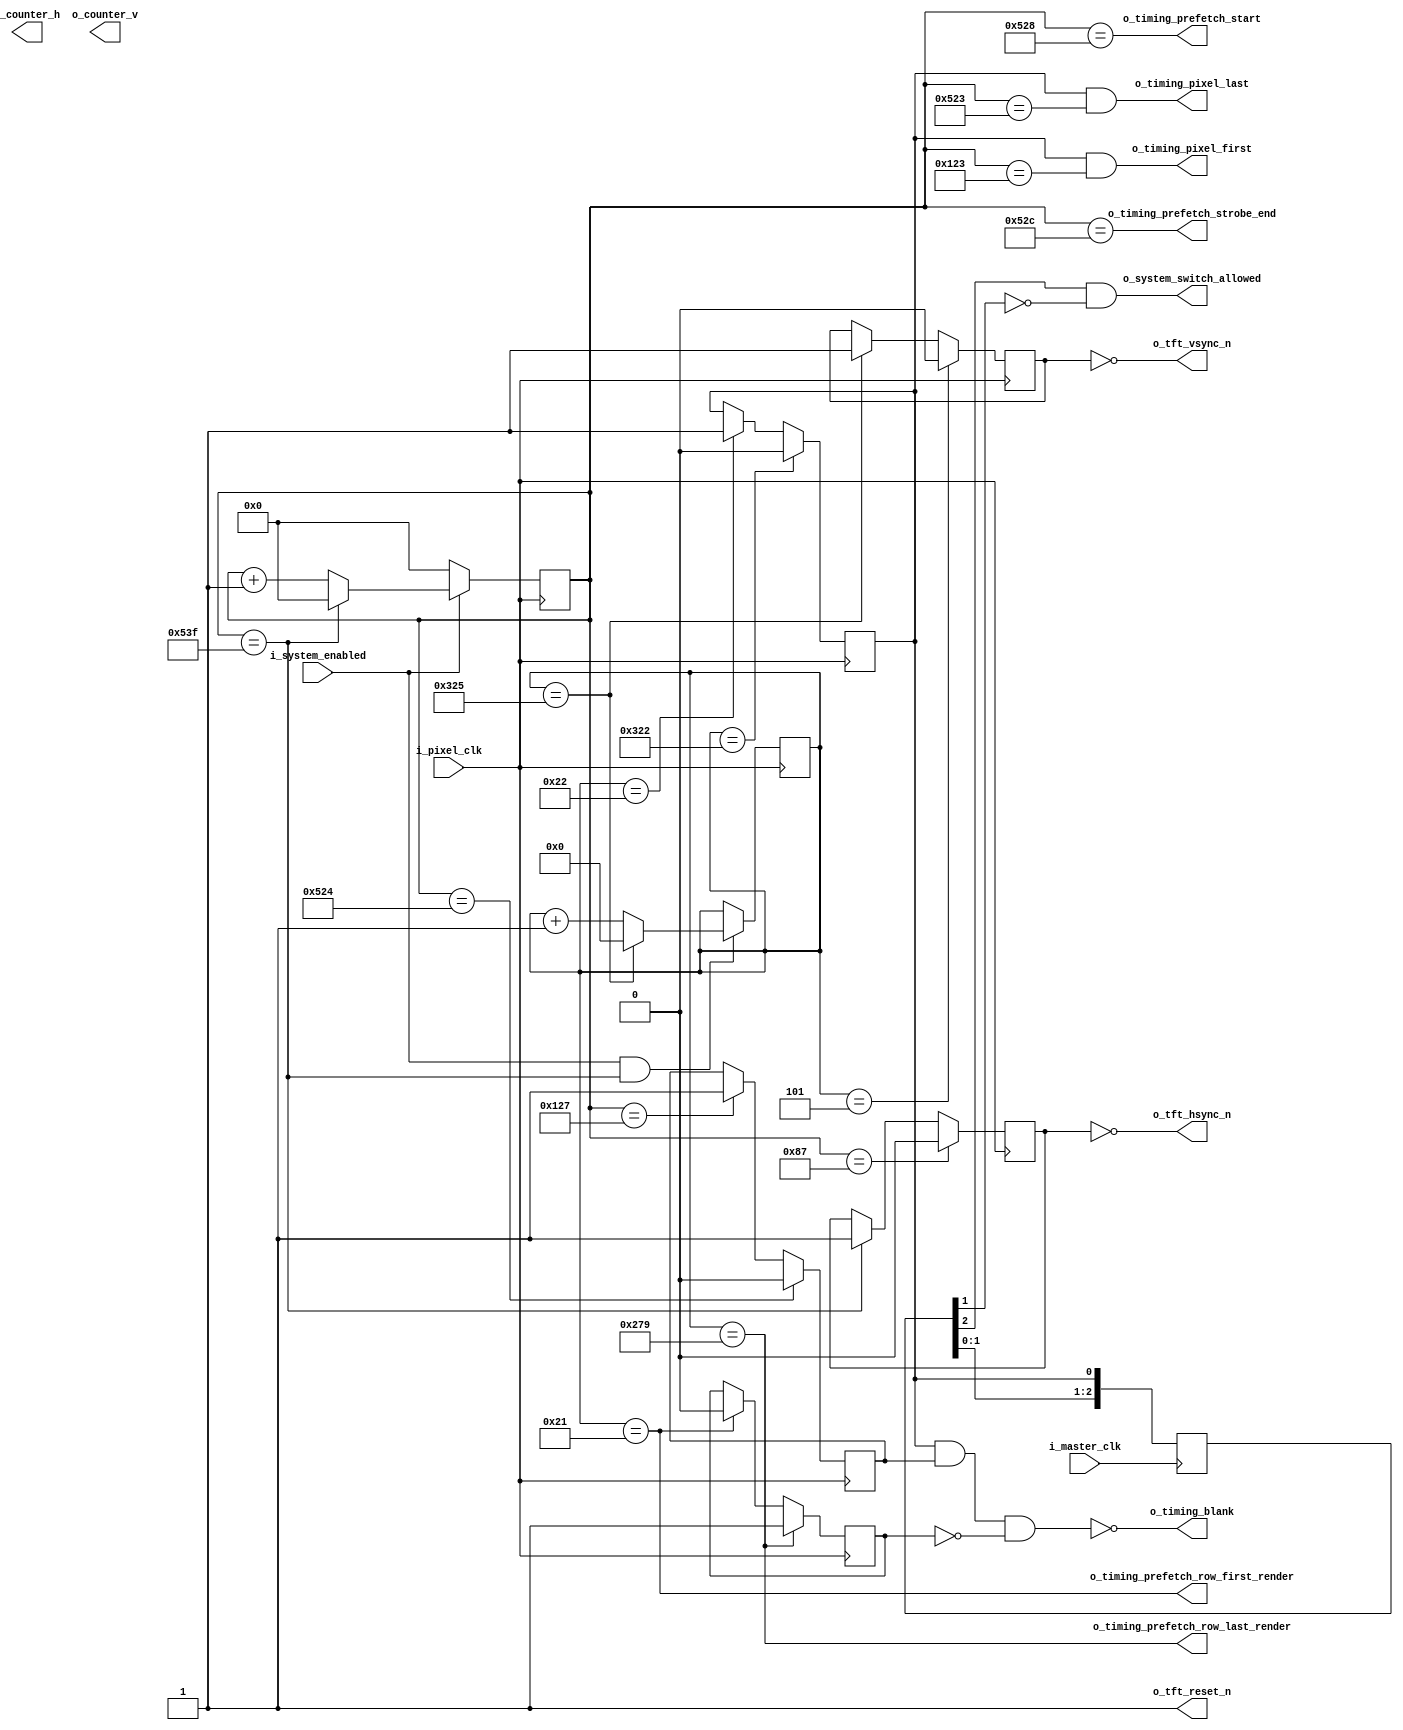
module VideoTimingController (
        // clock
        i_pixel_clk,
        i_master_clk,

        // VIDEO signals
        o_tft_hsync_n,
        o_tft_vsync_n,
//        o_tft_blank,
        o_tft_reset_n,

        // SYSTEM CONTROLLER interface
        i_system_enabled,
        o_system_switch_allowed,

        // DEBUG
        o_counter_h,
        o_counter_v,

        // VIDEO ROW BUFFER
        o_timing_pixel_first,
        o_timing_pixel_last,
        o_timing_blank,
        o_timing_prefetch_start,
        o_timing_prefetch_strobe_end,
        o_timing_prefetch_row_first_render,
        o_timing_prefetch_row_last_render

    );

    input       i_pixel_clk;
    input       i_master_clk;

    output      o_tft_hsync_n;
    output      o_tft_vsync_n;
//    output      o_tft_blank;
    output      o_tft_reset_n;

    input       i_system_enabled;
    output      o_system_switch_allowed;

    output      o_timing_pixel_first;
    output      o_timing_pixel_last;
    output      o_timing_blank;
    output      o_timing_prefetch_start;
    output      o_timing_prefetch_strobe_end;
    output      o_timing_prefetch_row_first_render;
    output      o_timing_prefetch_row_last_render;

    output[10:0] o_counter_h;
    output[9:0] o_counter_v;

    // reset not used for VGA
    assign      o_tft_reset_n = 1'b1;

    // ***********************************************
    // **                                           **
    // **   HORIZONTAL TIMING                       **
    // **                                           **
    // ***********************************************

    // timing parameters
    localparam HSYNC_WIDTH          = 1024;
    localparam HSYNC_PULSE          = 136;
    localparam HSYNC_FRONT_PORCH    = 24;
    localparam HSYNC_BACK_PORCH     = 160;
    localparam HSYNC_LAST           = HSYNC_BACK_PORCH + HSYNC_FRONT_PORCH + HSYNC_PULSE + HSYNC_WIDTH - 1;
    localparam HSYNC_MSB            = $clog2(HSYNC_LAST) - 1;

    // counting register
    reg[HSYNC_MSB:0] r_horizontal_counter = 0;

    always @(posedge i_pixel_clk) begin
        if(i_system_enabled) begin
            if(r_horizontal_counter == HSYNC_LAST)
                r_horizontal_counter <= 0;
            else
                r_horizontal_counter <= r_horizontal_counter + 1;
        end else begin
            r_horizontal_counter <= 0;
        end
    end

    // timing signals
    reg r_hsync = 0;
    reg r_horizontal_video_on = 0;
    reg r_horizontal_front_porch = 0;

    always @(posedge i_pixel_clk) begin
        if(r_horizontal_counter == HSYNC_LAST)
            r_hsync <= 1;
        if(r_horizontal_counter == HSYNC_PULSE - 1)
            r_hsync <= 0;
    end

    always @(posedge i_pixel_clk) begin
        if(r_horizontal_counter == HSYNC_PULSE + HSYNC_BACK_PORCH - 1)
            r_horizontal_video_on <= 1;
        if(r_horizontal_counter == HSYNC_PULSE + HSYNC_BACK_PORCH + HSYNC_WIDTH - 4)
            r_horizontal_video_on <= 0;
    end

    always @(posedge i_pixel_clk) begin
        if(r_horizontal_counter == HSYNC_PULSE + HSYNC_BACK_PORCH + HSYNC_WIDTH - 1)
            r_horizontal_front_porch <= 1;
        if(r_horizontal_counter == HSYNC_LAST)
            r_horizontal_front_porch <= 0;
    end

    // export HSYNC (negative polarity)
    assign o_tft_hsync_n = !r_hsync;

    assign o_timing_pixel_first = r_vertical_video_on && (r_horizontal_counter == HSYNC_PULSE + HSYNC_BACK_PORCH - 5);
    // signal: cache last pixel
    assign o_timing_pixel_last = r_vertical_video_on && (r_horizontal_counter == HSYNC_PULSE + HSYNC_BACK_PORCH + HSYNC_WIDTH - 5);

    assign o_timing_prefetch_start = (r_horizontal_counter == HSYNC_PULSE + HSYNC_BACK_PORCH + HSYNC_WIDTH);
    assign o_timing_prefetch_strobe_end = (r_horizontal_counter == HSYNC_PULSE + HSYNC_BACK_PORCH + HSYNC_WIDTH + 4);

    // ***********************************************
    // **                                           **
    // **   VERTICAL TIMING                         **
    // **                                           **
    // ***********************************************

    // timing parameters
    localparam VSYNC_HEIGHT         = 768;
    localparam VSYNC_PULSE          = 6;
    localparam VSYNC_FRONT_PORCH    = 3;
    localparam VSYNC_BACK_PORCH     = 29;
    localparam VSYNC_LAST           = VSYNC_PULSE + VSYNC_BACK_PORCH + VSYNC_FRONT_PORCH + VSYNC_HEIGHT - 1;
    localparam VSYNC_MSB            = $clog2(VSYNC_LAST) - 1;    

    // counting register
    reg[VSYNC_MSB:0] r_vertical_counter = 0;

    always @(posedge i_pixel_clk)
        if(i_system_enabled && r_horizontal_counter == HSYNC_LAST) begin
            if(r_vertical_counter == VSYNC_LAST)
                r_vertical_counter <= 0;
            else
                r_vertical_counter <= r_vertical_counter + 1;
        end

    // timing signals
    reg r_vsync = 0;
    reg r_vertical_video_on = 0;

    always @(posedge i_pixel_clk) begin
        if(r_vertical_counter == VSYNC_LAST)
            r_vsync <= 1;
        if(r_vertical_counter == VSYNC_PULSE - 1)
            r_vsync <= 0;
    end

    always @(posedge i_pixel_clk) begin
        if(r_vertical_counter == VSYNC_PULSE + VSYNC_BACK_PORCH - 1)
            r_vertical_video_on <= 1;
        if(r_vertical_counter == VSYNC_PULSE + VSYNC_BACK_PORCH + VSYNC_HEIGHT - 1)
            r_vertical_video_on <= 0;
    end

    // export VSYNC (negative polarity)
    assign o_tft_vsync_n = !r_vsync;

    // transfer falling edge of r_vertical_video_on into single clock pulse in master clock domain
    reg[2:0]    xd_switch_allowed = 3'b0;

    always @(posedge i_master_clk)
        xd_switch_allowed <= { xd_switch_allowed[1:0], r_vertical_video_on };

    assign o_system_switch_allowed = (xd_switch_allowed[2]==1 && xd_switch_allowed[1]==0);

    // -- signal: next row is the first row displayed
    wire w_next_row_is_first = (r_vertical_counter == VSYNC_PULSE + VSYNC_BACK_PORCH - 2);

    // blanking last 168 lines
    wire w_next_row_is_last_displayed = (r_vertical_counter == VSYNC_PULSE + VSYNC_BACK_PORCH + 600 - 2);

    reg r_video_blank = 1;

    always @(posedge i_pixel_clk) begin
        if(w_next_row_is_first)
            r_video_blank <= 0;
        if(w_next_row_is_last_displayed)
            r_video_blank <= 1;
    end

    assign o_timing_blank = !(r_vertical_video_on && r_horizontal_video_on && !r_video_blank);

    // -- signal: next row is the first row displayed
    assign o_timing_prefetch_row_first_render = w_next_row_is_first;

    // -- signal: next row is the last row displayed
    assign o_timing_prefetch_row_last_render = w_next_row_is_last_displayed;


endmodule